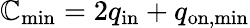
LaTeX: \mathbb{C}_{\mathrm{{min}}}=2q_{\mathrm{{in}}}+q_{\mathrm{{on,min}}}